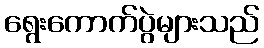
ရွေးကောက်ပွဲများသည်